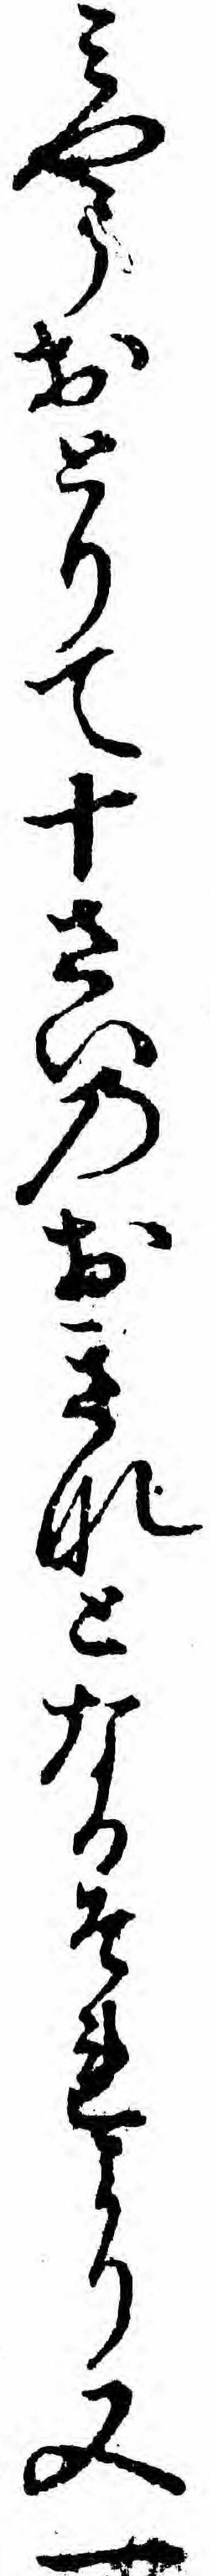
ミやうおとりて十さいのおきなとなるそれより又一